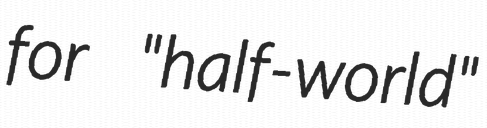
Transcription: for "half-world"